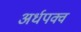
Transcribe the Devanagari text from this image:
अर्धपक्व